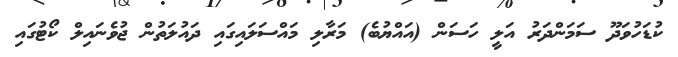
ކުޑަހުވަދޫ ސަމަންދަރު އަލީ ހަސަން (އައްޔުބެ) މަރާލި މައްސަލައިގައި ދައުލަތުން ޖުވެނައިލް ކޯޓުގައި